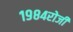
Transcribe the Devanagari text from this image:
१९८४रोजी